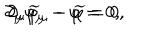
LaTeX: \partial _ { \mu } \varphi _ { \mu } - \varphi = 0 , \hspace { 0 . 3 i n } \partial _ { \mu } \widetilde { \varphi } _ { \mu } - \widetilde { \varphi } = 0 ,